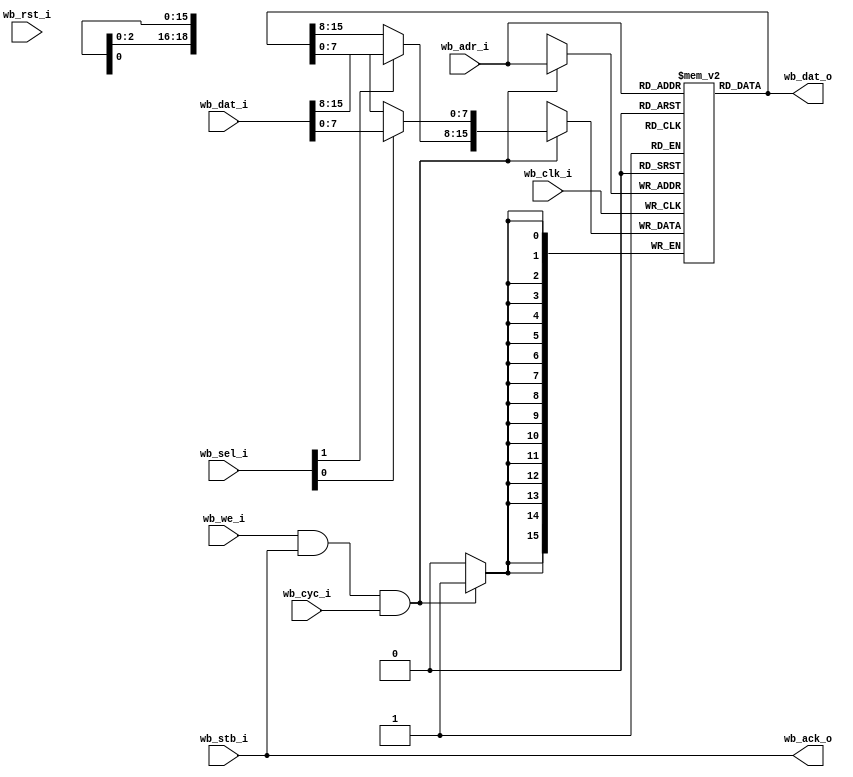

`timescale 1ns/10ps

module memory (
    // Wishbone slave interface
    input         wb_clk_i,
    input         wb_rst_i,
    input  [15:0] wb_dat_i,
    output [15:0] wb_dat_o,
    input  [19:1] wb_adr_i,
    input         wb_we_i,
    input  [ 1:0] wb_sel_i,
    input         wb_stb_i,
    input         wb_cyc_i,
    output        wb_ack_o
  );

  // Registers and nets
  reg  [15:0] ram[0:2**19-1];

  wire       we;
  wire [7:0] bhw, blw;

  // Assignments
  assign wb_dat_o = ram[wb_adr_i];
  assign wb_ack_o = wb_stb_i;
  assign we       = wb_we_i & wb_stb_i & wb_cyc_i;

  assign bhw = wb_sel_i[1] ? wb_dat_i[15:8]
                           : ram[wb_adr_i][15:8];
  assign blw = wb_sel_i[0] ? wb_dat_i[7:0]
                           : ram[wb_adr_i][7:0];

  // Behaviour
  always @(posedge wb_clk_i)
    if (we) ram[wb_adr_i] <= { bhw, blw };

endmodule